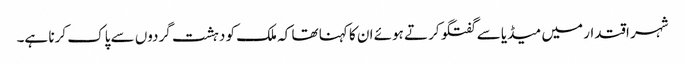
شہر اقتدار میں میڈیا سے گفتگو کرتے ہوئے ان کا کہنا تھا کہ ملک کو دہشت گردوں سے پاک کرنا ہے۔